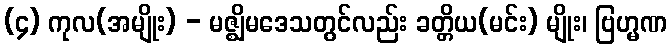
(၄) ကုလ(အမျိုး) - မဇ္ဈိမဒေသတွင်လည်း ခတ္တိယ(မင်း) မျိုး၊ ဗြဟ္မဏ